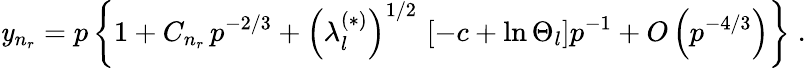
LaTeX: \mathit{y}_{n_{r}}=p\left\{ 1+C_{n_{r}}\, p^{-2/3}+\left(\lambda_{l}^{(\ast)}\right)^{1/2}\, \left[-c+\ln\Theta_{l}\right]p^{-1}+O\left(p^{-4/3}\right)\right\} \; .